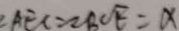
\angle A E C = \angle B C E = x